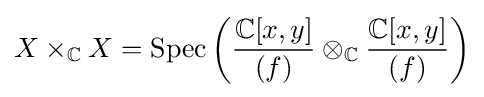
X\times _{\mathbb {C} }X=\operatorname {Spec} \left({\frac {\mathbb {C} [x,y]}{(f)}}\otimes _{\mathbb {C} }{\frac {\mathbb {C} [x,y]}{(f)}}\right)